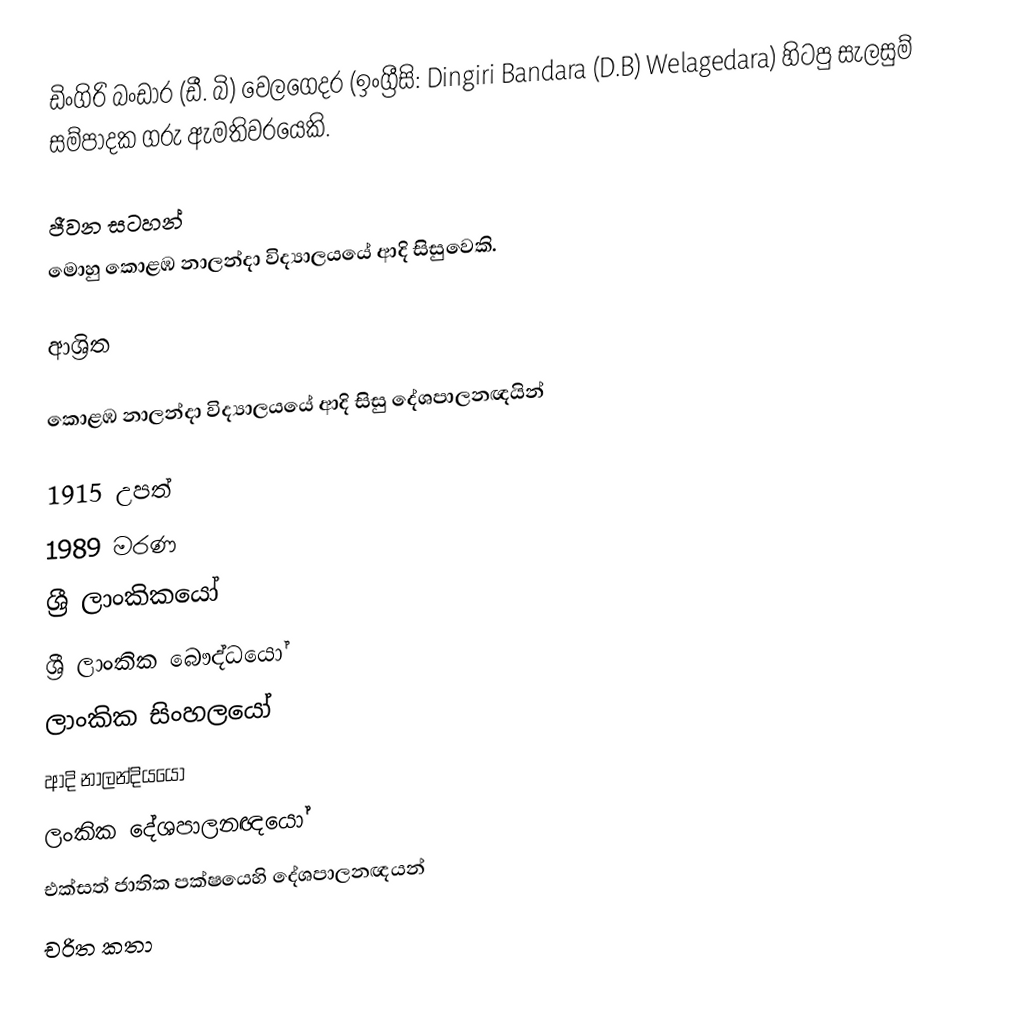
ඩිංගිරි බංඩාර (ඩී. බි) වෙලගෙදර (ඉංග්‍රීසි: Dingiri Bandara (D.B) Welagedara) හිටපු සැලසුම් සම්පාදක ගරු ඇමතිවරයෙකි.

ජීවන සටහන්
මොහු කොළඹ නාලන්දා විද්‍යාලයයේ ආදි සිසුවෙකි.

ආශ්‍රිත

කොළඹ නාලන්දා විද්‍යාලයයේ ආදි සිසු දේශපාලනඥයින්

1915 උපත්
1989 මරණ
ශ්‍රී ලාංකිකයෝ
ශ්‍රී ලාංකික බෞද්ධයෝ
ලාංකික සිංහලයෝ
ආදි නාලන්දියයෝ
ලංකික දේශපාලනඥයෝ
එක්සත් ජාතික පක්ෂයෙහි දේශපාලනඥයන්
චරිත කතා